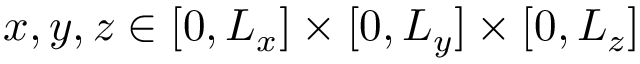
x , y , z \in [ 0 , L _ { x } ] \times [ 0 , L _ { y } ] \times [ 0 , L _ { z } ]